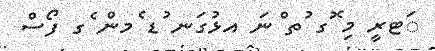
ަޓރީ މި ޮގ ުތ ްނަ އޅުގަނ ުޑ ެމން ެގ ފޯސް